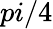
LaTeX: pi/4